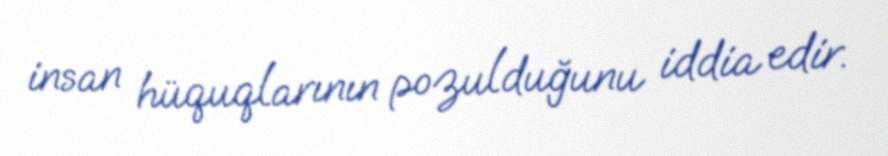
insan hüquqlarının pozulduğunu iddia edir.